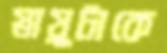
স্নায়ুটাকে